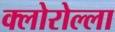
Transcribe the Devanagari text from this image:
क्लोरोल्ला